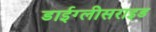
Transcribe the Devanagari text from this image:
डाईग्लीसराइड